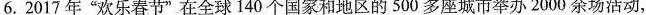
6.2017年”欢乐春节”在全球140个国家和地区的500多座城市举办2000余场活动，